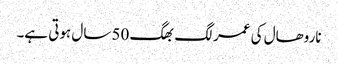
ناروھال کی عمر لگ بھگ 50 سال ہوتی ہے۔